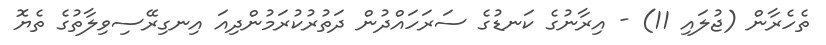
ތެހެރާން (ޖުލައި 11) - އިރާނުގެ ކަނޑުގެ ސަރަހައްދުން ދަތުރުކުރަމުންދިއަ އިނގިރޭސިވިލާތުގެ ތެޔޮ